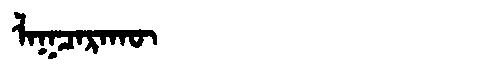
Manchu: ᠯᠠᡴᠴᠠᡵᠠᡴᡡ
Romanization: LAKCARAKŪ